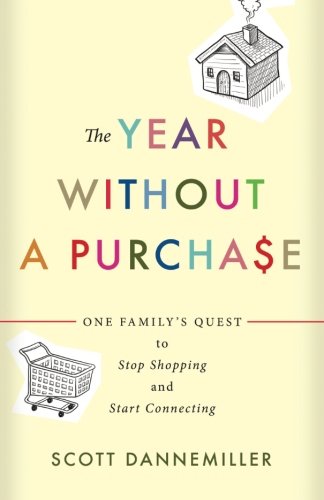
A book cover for The Year without a Purchase: One Family's Quest to Stop Shopping and Start Connecting; Scott Dannemiller; Christian Books & Bibles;